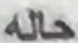
حله